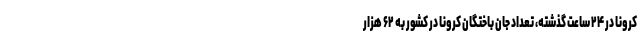
کرونا در ۲۴ ساعت گذشته، تعداد جان باختگان کرونا در کشور به ۶۲ هزار